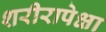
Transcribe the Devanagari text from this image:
शरीरापेक्षा